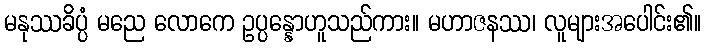
မနုဿခိပ္ပံ မညေ လောကေ ဥပ္ပန္နောဟူသည်ကား။ မဟာဇနဿ၊ လူများအပေါင်း၏။